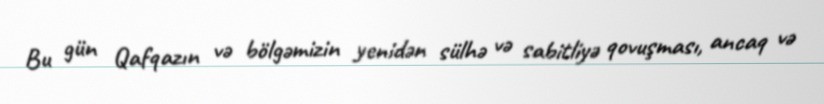
Bu gün Qafqazın və bölgəmizin yenidən sülhə və sabitliyə qovuşması, ancaq və